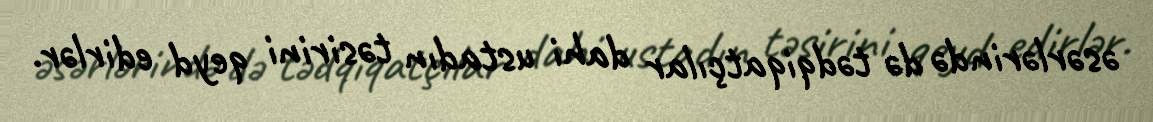
əsərlərində də tədqiqatçılar dahi ustadın təsirini qeyd edirlər.